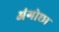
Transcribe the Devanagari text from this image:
अंगोछा